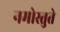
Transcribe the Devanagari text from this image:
नमोस्तुते